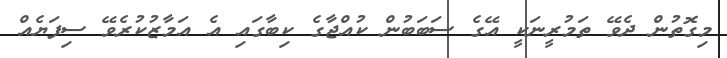
މިގޮތުން ދެވޭ ތަމުރީނަކީ އޭގެ ސަބަބުން ކުއްޖާގެ ކިބާގައި އެ އަމާޒުކުރެވޭ ސިފަޔެއް